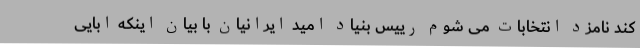
کند نامزد انتخابات می شوم رییس بنیاد امید ایرانیان با بیان اینکه ابایی